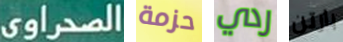
الصحراوي حزمة ردي بارتن